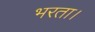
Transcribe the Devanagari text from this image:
भरता।